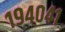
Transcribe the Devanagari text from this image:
१९४०४१